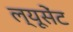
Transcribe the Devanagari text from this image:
ल्यूसेंट